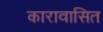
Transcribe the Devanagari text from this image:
कारावासित